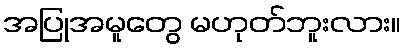
အပြုအမူတွေ မဟုတ်ဘူးလား။